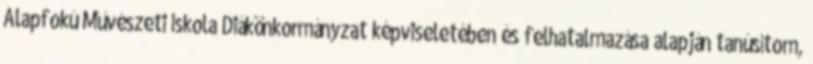
Alapfokú Művészeti Iskola Diákönkormányzat képviseletében és felhatalmazása alapján tanúsítom,